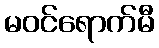
မဝင်ရောက်မီ